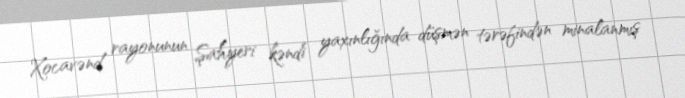
Xocavənd rayonunun Şahyeri kəndi yaxınlığında düşmən tərəfindən minalanmış